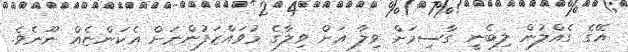
އޭގެ ގެއްލުން ލިބެނީ ގާސިމަށް ވިލާ އަށް ވިލާގެ މުވައްޒަފުންނަށް އެކަންޏެއް ނޫނެވެ.